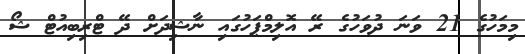
މިމަހުގެ 21 ވަނަ ދުވަހުގެ ރޭ އޮލިމްޕަހުގައި ނާޝިދަށް ދޭ ޓްރިބިއުޓް ޝޯ